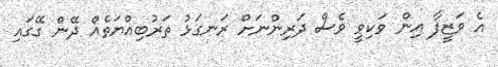
އެ ވަޒީފާ އިން ވަކިވީ ވެސް ދަރިންނަށް ރަނގަޅު ތަރުބިއްޔަތެއް ދޭން ގޭގައި